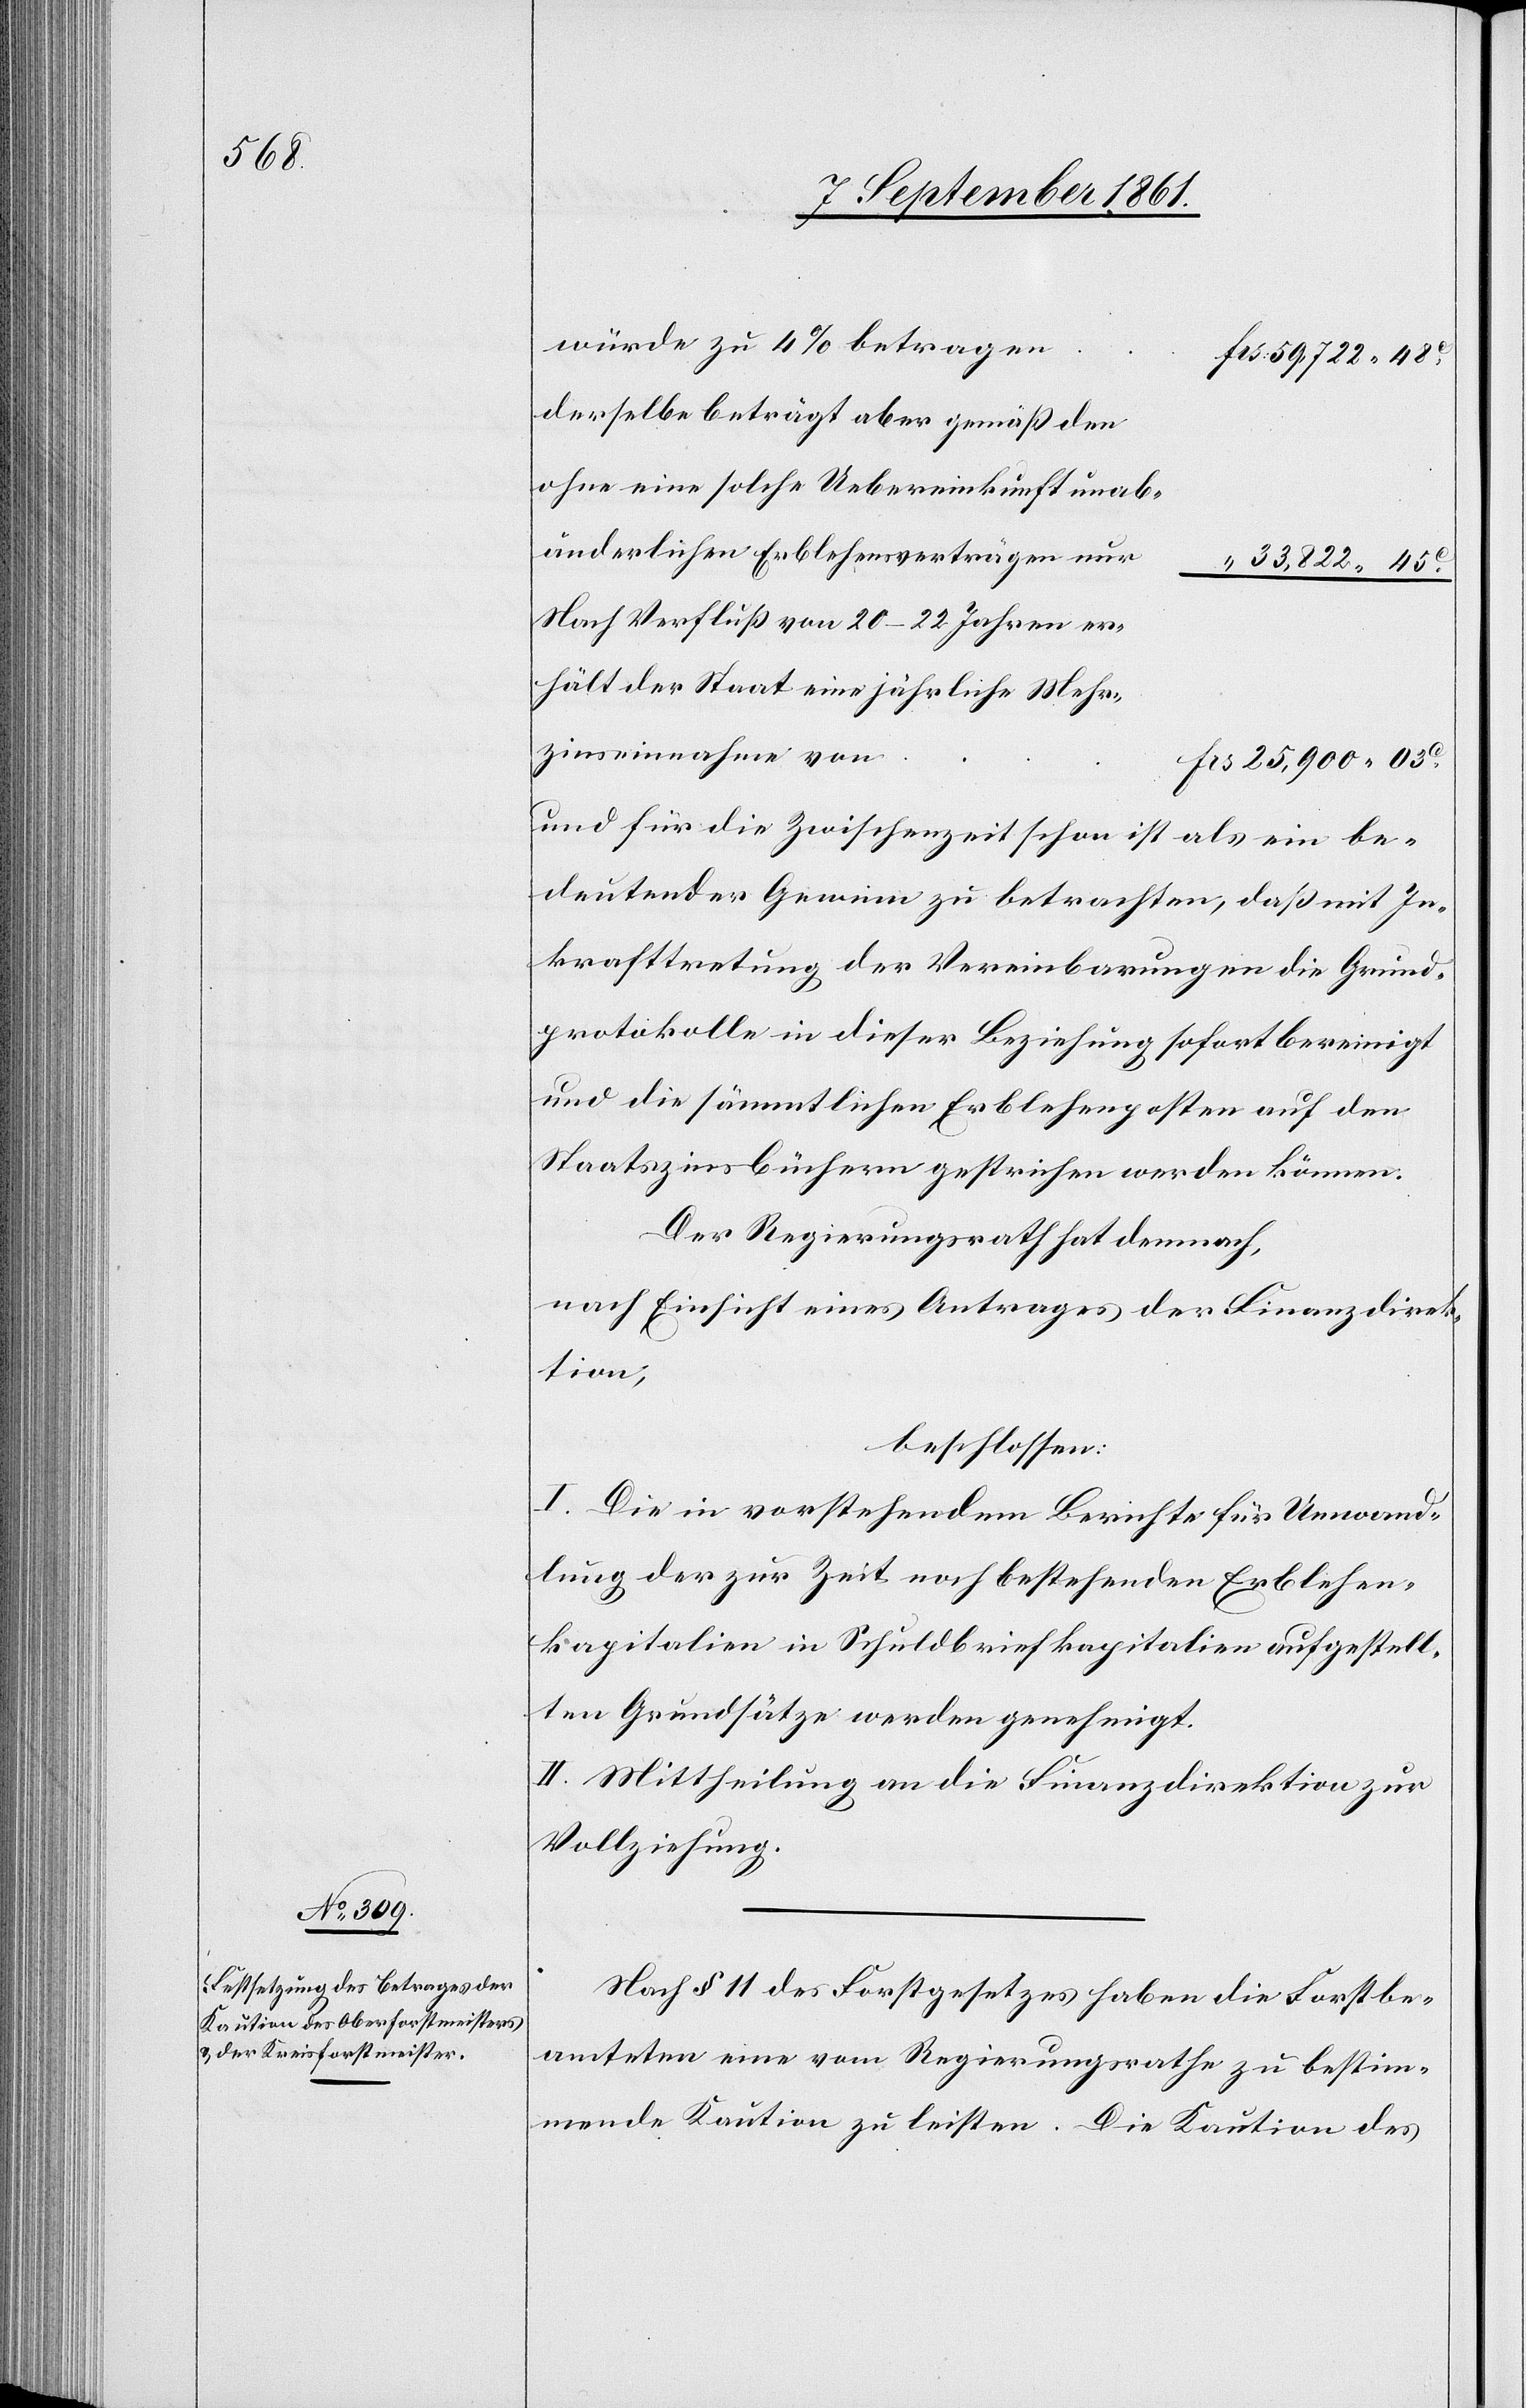
würde zu 4% betragen
59,722.48c
derselbe beträgt aber gemäß den
ohne eine solche Uebereinkunft
unabänderlichen Erblehensverträgen
33,822.45c
Nach Verfluß von 20–22 Jahren er¬
hält der Staat eine jährliche
und für die Zwischenzeit schon ist als ein be¬
deutender Gewinn zu betrachten, daß mit In¬
krafttretung der Vereinbarungen die Grund¬
protokolle in dieser Beziehung sofort bereinigt
und die sämmtlichen Erblehensposten auf den
Staatszinsbüchern gestrichen werden können.
Der Regierungsrath hat demnach,
nach Einsicht eines Antrages der Finanzdirek¬
tion,
beschlossen:
I. Die in vorstehendem Berichte für Umwand¬
lung der zur Zeit noch bestehenden Erblehen¬
kapitalien in Schuldbriefkapitalien aufgestell¬
ten Grundsätze werden genehmigt.
II. Mittheilung an die Finanzdirektion zur
Vollziehung.
Nach § 11 des Forstgesetzes haben die Forstbe¬
amteten eine vom Regierungsrathe zu bestim¬
mende Kaution zu leisten. Die Kaution des